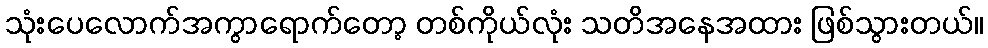
သုံးပေလောက်အကွာရောက်တော့ တစ်ကိုယ်လုံး သတိအနေအထား ဖြစ်သွားတယ်။